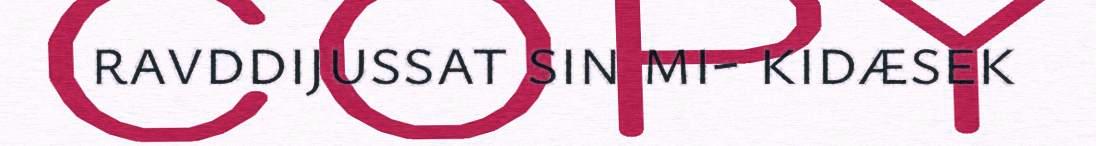
ravddijussat sin mi- kidæsek